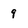
Character: 9